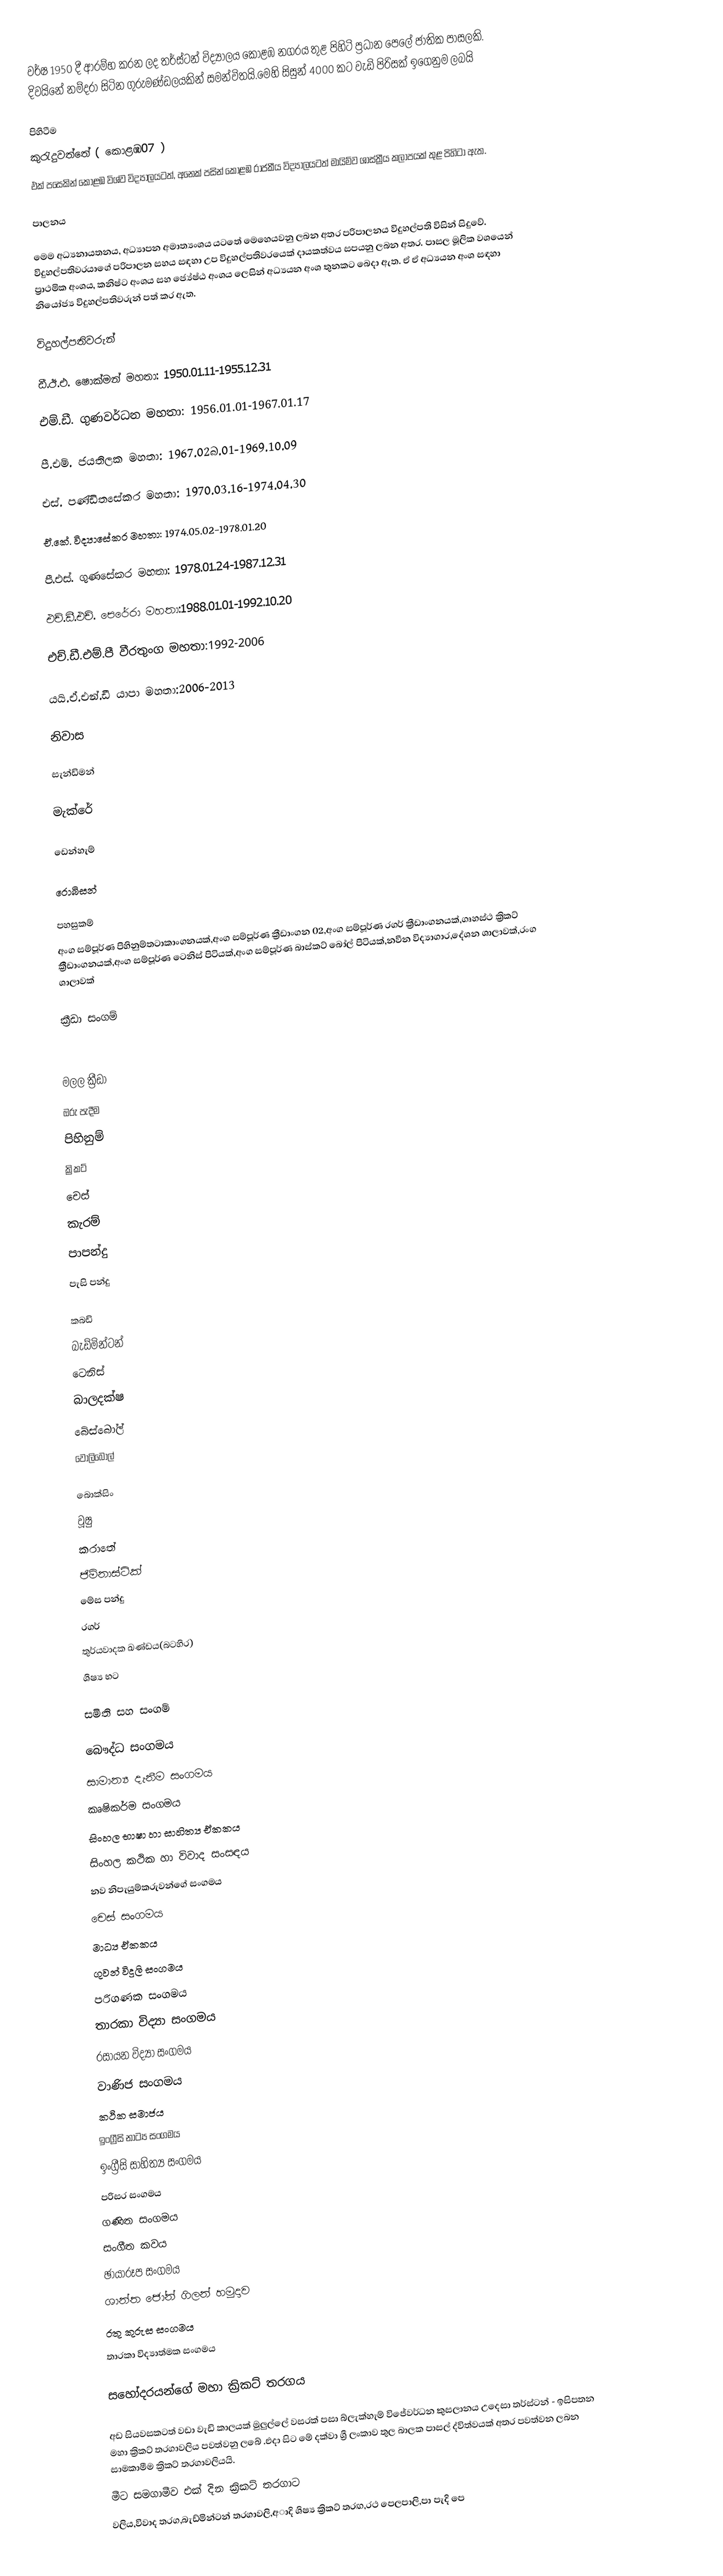
වර්ෂ 1950 දී ආරම්භ කරන ලද තර්ස්ටන් විද්‍යාලය කොළඹ නගරය තුළ පිහිටි ප්‍රධාන පෙලේ ජාතික පාසලකි.  දිවයිනේ නම්දරා සිටින ගුරුමණ්ඩලයකින් සමන්විතයි.මෙහි සිසුන් 4000 කට වැඩි පිරිසක් ඉගෙනුම ලබයි

පිහිටීම
කුරැදුවත්තේ ( කොළඹ07 )
එක් ‍පසෙකින් කොළඹ විශ්ව විද්‍යාලයටත්, අනෙක් පසින් කොළඹ රාජකීය විද්‍යාලයටත් මායිම්ව ශාස්ත්‍රීය කලාපයක් තුළ පිහිටා ඇත.

පාලනය

මෙම අධ්‍යනායතනය, අධ්‍යාපන අමාත්‍යංශය යටතේ මෙහෙයවනු ලබන අතර පරිපාලනය විදුහල්පති විසින් සිදුවේ. විදුහල්පතිවර‍යාගේ පරිපාලන සහය සඳහා උප විදුහල්පතිවරයෙක් දායකත්වය සපයනු ලබන අතර. පාසල මූලික වශයෙන් ප්‍රාථමික අංශය, කනිෂ්ට අංශය සහ ජ්‍යේෂ්ඨ අංශය ලෙසින් අධ්‍යයන අංශ තුනකට බෙදා ඇත. ඒ ඒ අධ්‍යයන අංශ සඳහා නියෝජ්‍ය විදුහල්පතිවරුන් පත් කර ඇත.

විදුහල්පතිවරුන්

ඩී.ඊ.එ. ෂොක්මන් මහතා: 1950.01.11-1955.12.31

එම්.ඩී. ගුණවර්ධන මහතා: 1956.01.01-1967.01.17

පී.එම්. ජයතිලක මහතා: 1967.02බ.01-1969.10.09

එස්. පණ්ඩිතසේකර මහතා: 1970.03.16-1974.04.30

ඒ.කේ. විද්‍යාසේකර මහතා: 1974.05.02-1978.01.20

පී.එස්. ගුණසේකර මහතා: 1978.01.24-1987.12.31

එච්.ඩී.එච්. පෙරේරා මහතා:1988.01.01-1992.10.20

එච්.ඩී.එම්.පී වීරතුංග මහතා:1992-2006

යයි.ඒ.එන්.ඩී යාපා මහතා:2006-2013

නිවාස

සැන්ඩිමන්

මැක්රේ

ඩෙන්හැම්

රොබිසන්

පහසුකම්
අංග සම්පූර්ණ පිහිනුම්තටාකාංගනයක්,අංග සම්පූර්ණ ක්‍රීඩාංගන 02,අංග සම්පූර්ණ රගර් ක්‍රීඩාංගනයක්,ගෘහස්ථ ක්‍රිකට් ක්‍රිීඩාංගනයක්,අංග සම්පූර්ණ ටෙනිස් පිටියක්,අංග සම්පූර්ණ බාස්කට් බෝල් පිටියක්,නවීන විද්‍යාගාර,දේශන ශාලාවක්,රංග ශාලාවක්

ක්‍රීඩා සංගම්

මලල ක්‍රීඩා
ඔරු පැදීම
පිහිනුම්
ක්‍රිකට්
චෙස්
කැරම්
පාපන්දු
පැසි පන්දු

කබඩි
බැඩ්මින්ටන්
ටෙනිස්
බාලදක්ෂ
බේස්බෝල්
වොලිබෝල්

බොක්සිං
වූෂු
කරාතේ
ජිම්නාස්ටික්
මේස පන්දු
රගර්
තුර්යවාදක ඛණ්ඩය(බටහිර)
ශිෂ්‍ය භට

සමිති සහ සංගම්

බෞද්ධ සංගමය
සාමාන්‍ය දැනීම සංගමය
කෘෂිකර්ම සංගමය
සිංහල භාෂා හා සාහිත්‍ය ඒකකය
සිංහල කථික හා විවාද සංසඳය
නව නිපැයුම්කරුවන්ගේ සංගමය
චෙස් සංගමය
මාධ්‍ය ඒකකය
ගුවන් විදුලි සංගමය
පරිගණක සංගමය
තාරකා විද්‍යා සංගමය
රසායන විද්‍යා සංගමය
වාණිජ සංගමය
කථික සමාජය
ඉංග්‍රීසි නාට්‍ය සංගමය
ඉංග්‍රීසි සාහිත්‍ය සංගමය
පරිසර සංගමය
ගණිත සංගමය
සංගීත කවය
ඡායාරූප සංගමය
ශාන්ත ජෝන් ගිලන් හමුදාව
රතු කුරුස සංගමය
තාරකා විද්‍යාත්මක සංගමය

සහෝදරයන්ගේ මහා ක්‍රිකට් තරගය

අඩ සියවසකටත් වඩා වැඩි කාලයක් මුලුල්ලේ වසරක් පසා බ්ලැක්හැම් විජේවර්ධන කුසලානය උදෙසා තර්ස්ටන් - ඉසිපතන මහා ක්‍රිකට් තරගාවලිය පවත්වනු ලබේ .එදා සිට මේ දක්වා ශ්‍රී ලංකාව තුල බාලක පාසල් ද්විත්වයක් අතර පවත්වන ලබන සාමකාමීම ක්‍රිකට් තරගාවලියයි.
මීට සමගාමීව එක් දින ක්‍රිකට් තරගාට
වලිය,විවාද තරග,බැඩ්මින්ටන් තරගාවලි,අාදි ශිෂ්‍ය ක්‍රිකට් තරඟ,රථ පෙලපාලි,පා පැදි පෙ